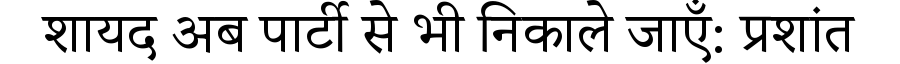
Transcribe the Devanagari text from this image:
शायद अब पार्टी से भी निकाले जाएँ: प्रशांत